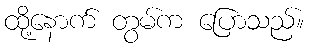
ထို့နောက် တွမ်က ပြောသည်။